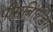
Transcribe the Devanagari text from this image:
पीसबिल्डिंग